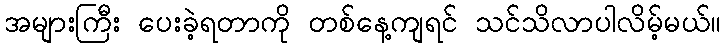
အများကြီး ပေးခဲ့ရတာကို တစ်နေ့ကျရင် သင်သိလာပါလိမ့်မယ်။